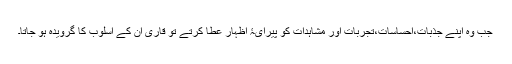
جب وہ اپنے جذبات،احساسات،تجربات اور مشاہدات کو پیرایۂ اظہار عطا کرتے تو قاری ان کے اسلوب کا گرویدہ ہو جاتا۔